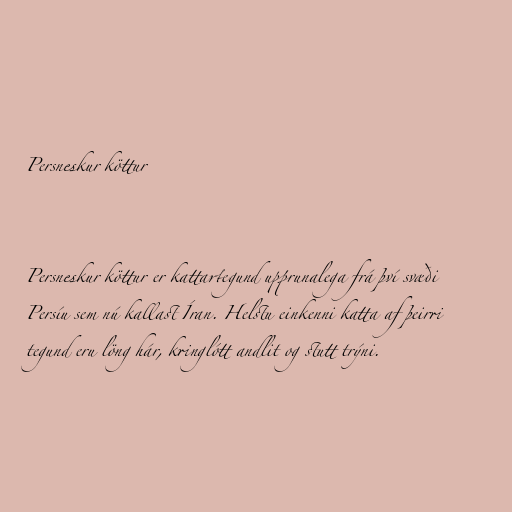
Persneskur köttur

Persneskur köttur er kattartegund upprunalega frá því svæði
Persíu sem nú kallast Íran. Helstu einkenni katta af þeirri
tegund eru löng hár, kringlótt andlit og stutt trýni.